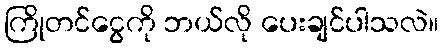
ကြိုတင်ငွေကို ဘယ်လို ပေးချင်ပါသလဲ။